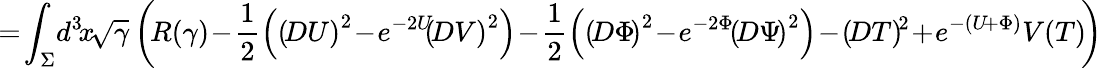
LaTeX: \! \! \! \! I\! =\! \int_{\Sigma}\! d^{3}\! x\! \sqrt{\gamma}\left(\! R(\gamma)\! -\! {\frac{1}{2}}\! \left(\left(\! DU\right)^{2}\! -\! e^{-2U}\! \! \left(\! DV\right)^{2}\right)\! -\! {\frac{1}{2}}\! \left(\left(\! D\Phi\! \right)^{2}\! -\! e^{-2\Phi}\! \left(\! D\Psi\! \right)^{2}\right)\! -\! \left(\! DT\right)\! ^{2}\! +\! e^{-(U\! +\Phi)}V(T)\! \right)